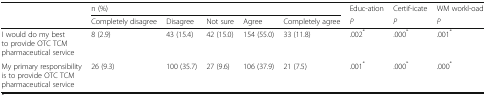
|  | <COLSPAN=5> n (%) | Educ-ation | Certif-icate | WM workl-oad |
 |  | Completely disagree | Disagree | Not sure | Agree | Completely agree | P | P | P |
 | --- | --- | --- | --- | --- | --- | --- | --- | --- |
 | I would do my best to provide OTC TCM pharmaceutical service | 8 (2.9) | 43 (15.4) | 42 (15.0) | 154 (55.0) | 33 (11.8) | .002* | .000* | .001* |
 | My primary responsibility is to provide OTC TCM pharmaceutical service | 26 (9.3) | 100 (35.7) | 27 (9.6) | 106 (37.9) | 21 (7.5) | .001* | .000* | .000* |